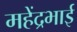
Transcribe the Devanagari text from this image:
महेंद्रभाई